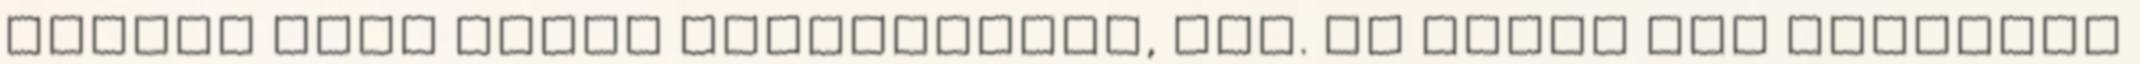
mindig volt hozzá hallgatóság, sőt. Az Ifjak ott csüngtek